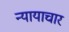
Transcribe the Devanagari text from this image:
न्यायाचार